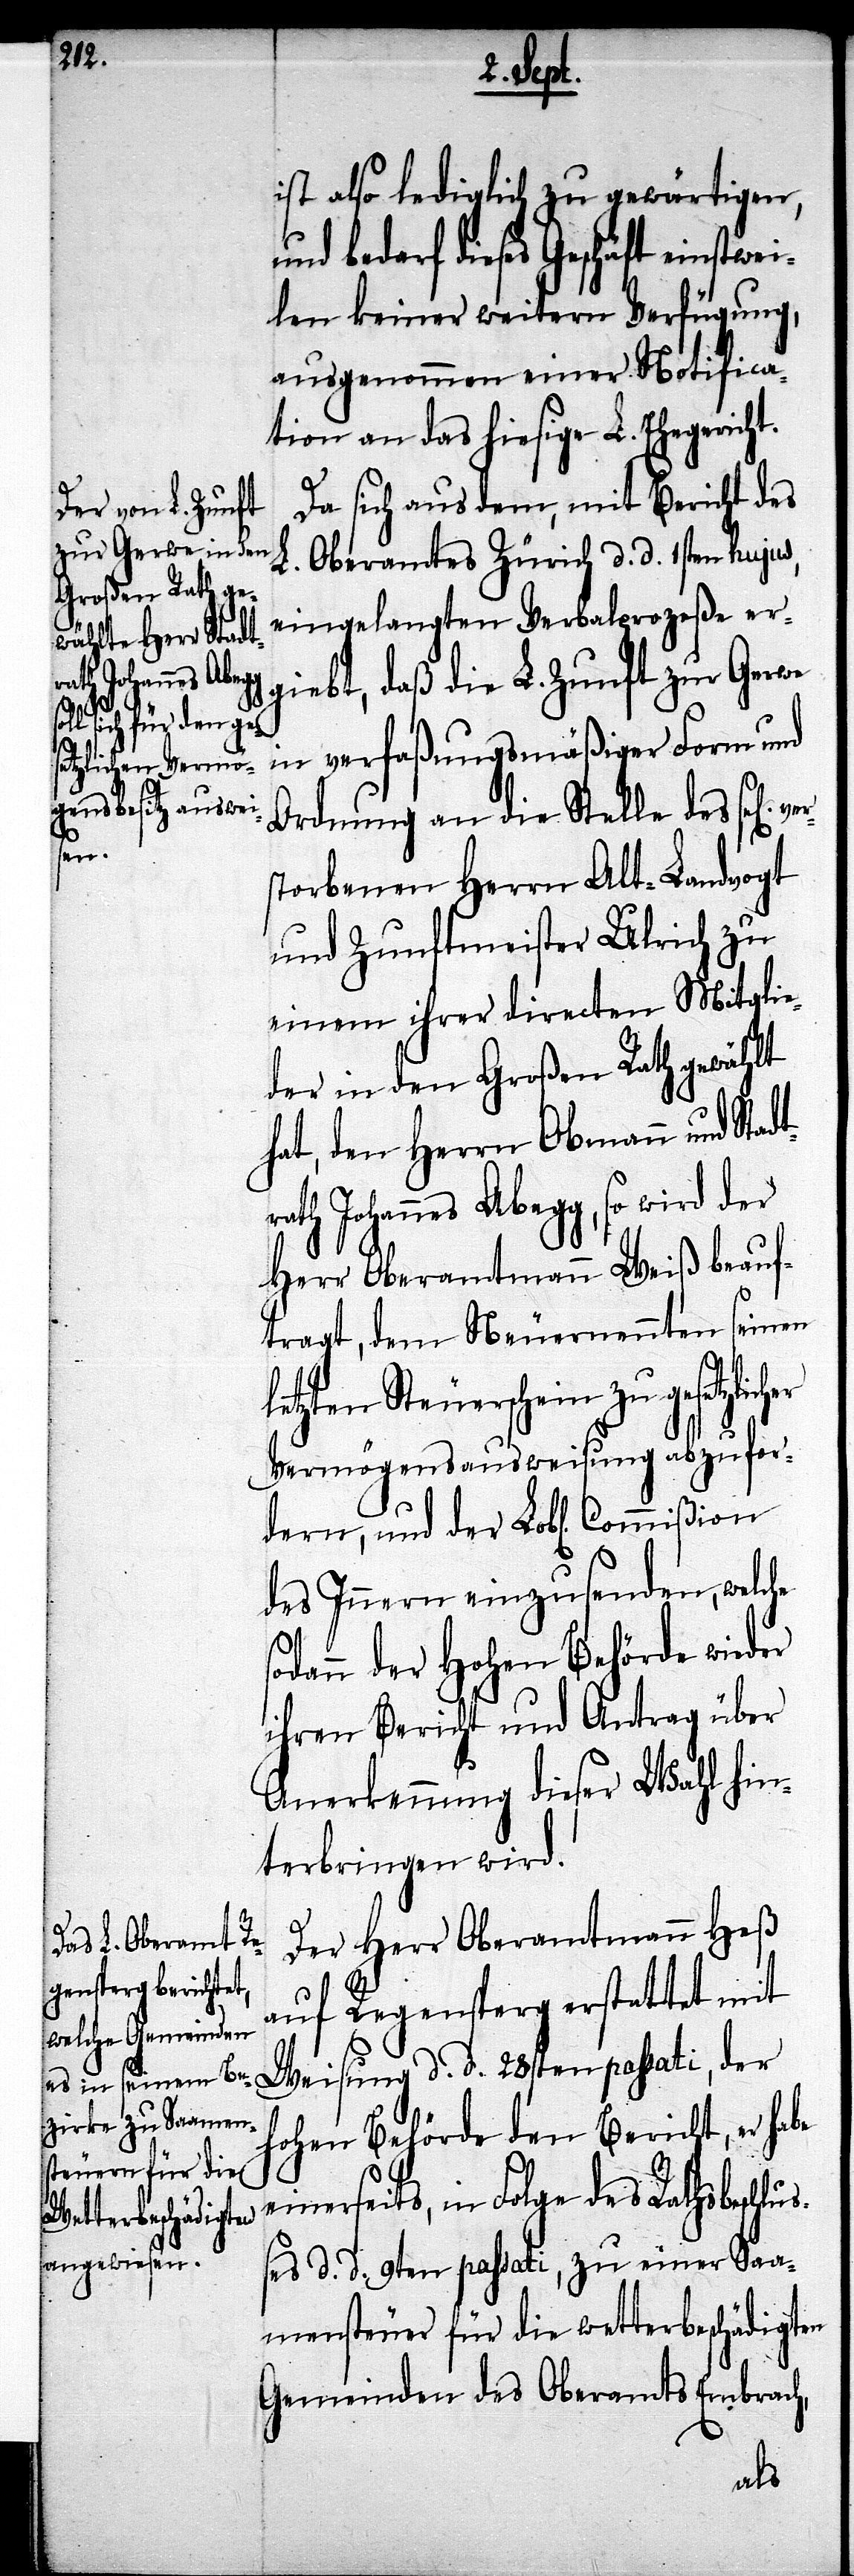
s¬
tzlicher

ist also lediglich zu gewärtigen,
und bedarf dieses Geschäft einstw¬
eilen keiner weitern Verfügung,
ausgenommen einer Notifica¬
tion an das hiesige L. Ehegericht.
Da sich aus dem, mit Bericht des
L. Oberamtes Zürich d. d. 1sten hujus,
eingelangten Verbalprozeße er¬
giebt, daß die L. Zunft zur Gerwe
in verfaßungsmäßiger Form und
Ordnung an die Stelle das sel[ig]
storbenen Herrn Alt-Landvogt
und Zunftmeister Ulrich zu
einem ihrer directen Mitglie¬
der in den Großen Rath gewählt
hat, den Herrn Obmann und Stadt¬
rath Johannes Abegg, so wird der
Herr Oberamtmann Weiß beauf¬
tragt, dem Neuernennten seinen
letzten Steuerschein zu gese¬
Vermögensausweisung abzufor¬
dern, und der Lobl. Commißion
des Innern einzusenden, welche
odann der hohen Behörde wieder
ihren Bericht und Antrag über
Anerkennung dieser Wahl hin¬
terbringen wird.
Der Herr Oberamtmann Heß
auf Regensperg erstattet mit
Weisung d. d. 28sten passati, der
hohen Behörde den Bericht, er habe
einerseits, in Folge des Rathsbeschl¬
ußes d. d. 9ten passati, zu einer Saa¬
mensteuer für die wetterbeschädigten
Gemeinden des Oberamts Embrach,